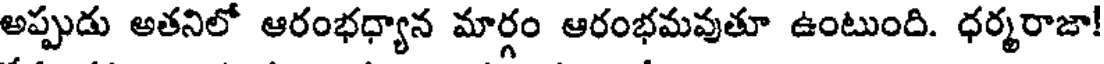
అప్పుడు అతనిలో ఆరంభధ్యాన మార్గం ఆరంభమవుతూ ఉంటుంది. ధర్మరాజా